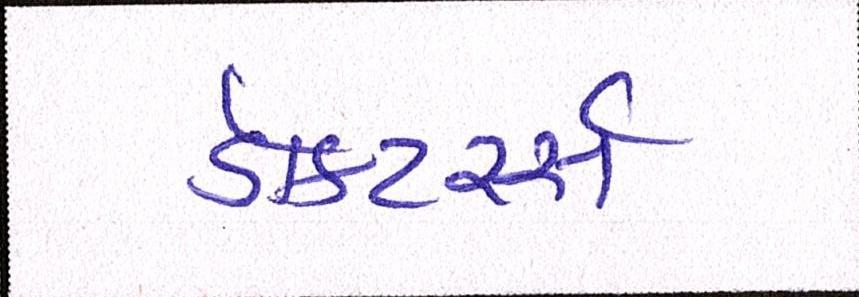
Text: ડૉક્ટર્સ